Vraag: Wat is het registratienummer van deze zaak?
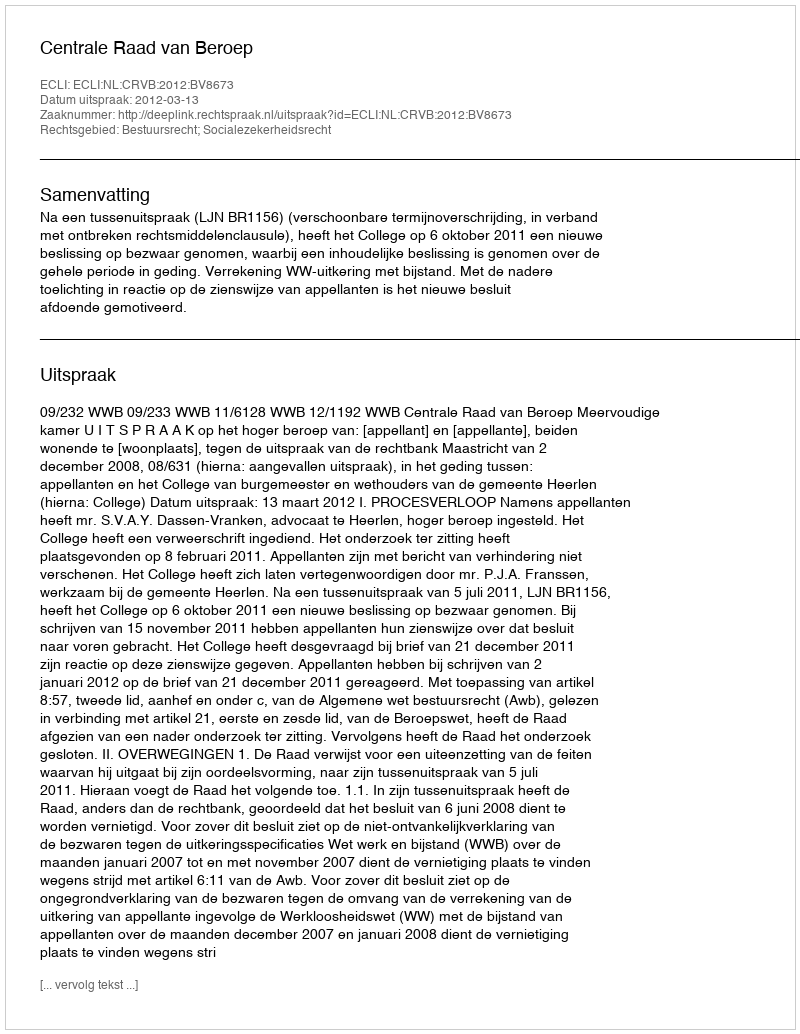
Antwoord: http://deeplink.rechtspraak.nl/uitspraak?id=ECLI:NL:CRVB:2012:BV8673